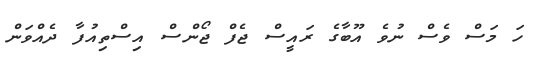
ހަ މަސް ވެސް ނުވެ އޫބާގެ ރައީސް ޖެފް ޖޯންސް އިސްތިއުފާ ދެއްވަން